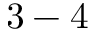
3 - 4